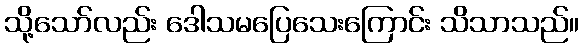
သို့သော်လည်း ဒေါသမပြေသေးကြောင်း သိသာသည်။